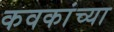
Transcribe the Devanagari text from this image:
कवकांच्या